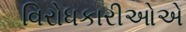
વિરોધકારીઓએ